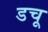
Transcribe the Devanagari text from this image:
डचू